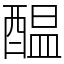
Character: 醖